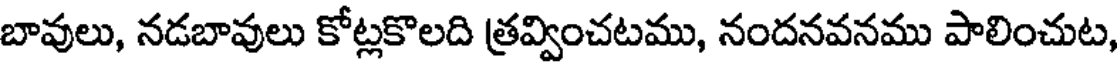
బావులు, నడబావులు కోట్లకొలది త్రవ్వించటము, నందనవనము పాలించుట,